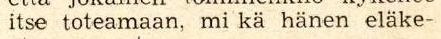
itse toteamaan, mi kä hänen eläke-